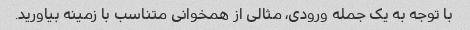
با توجه به یک جمله ورودی، مثالی از همخوانی متناسب با زمینه بیاورید.